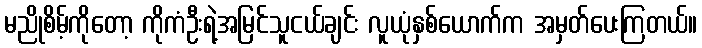
မညိုစိမ့်ကိုတော့ ကိုကံဦးရဲ့အမြင်သူငယ်ချင်း လူယုံနှစ်ယောက်က အမှတ်ပေးကြတယ်။